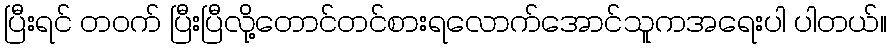
ပြီးရင် တဝက် ပြီးပြီလို့တောင်တင်စားရလောက်အောင်သူကအရေးပါ ပါတယ်။